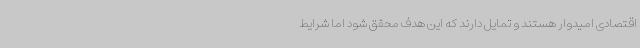
اقتصادی امیدوار هستند و تمایل دارند که این هدف محقق شود اما شرایط